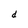
Character: d